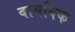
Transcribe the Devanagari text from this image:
वायविक